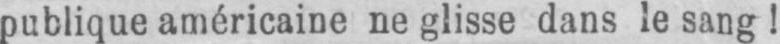
publique américaine ne glisse dans le sang!